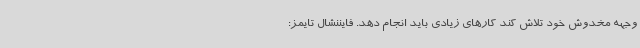
وجهه مخدوش خود تلاش کند کارهای زیادی باید انجام دهد. فایننشال تایمز: